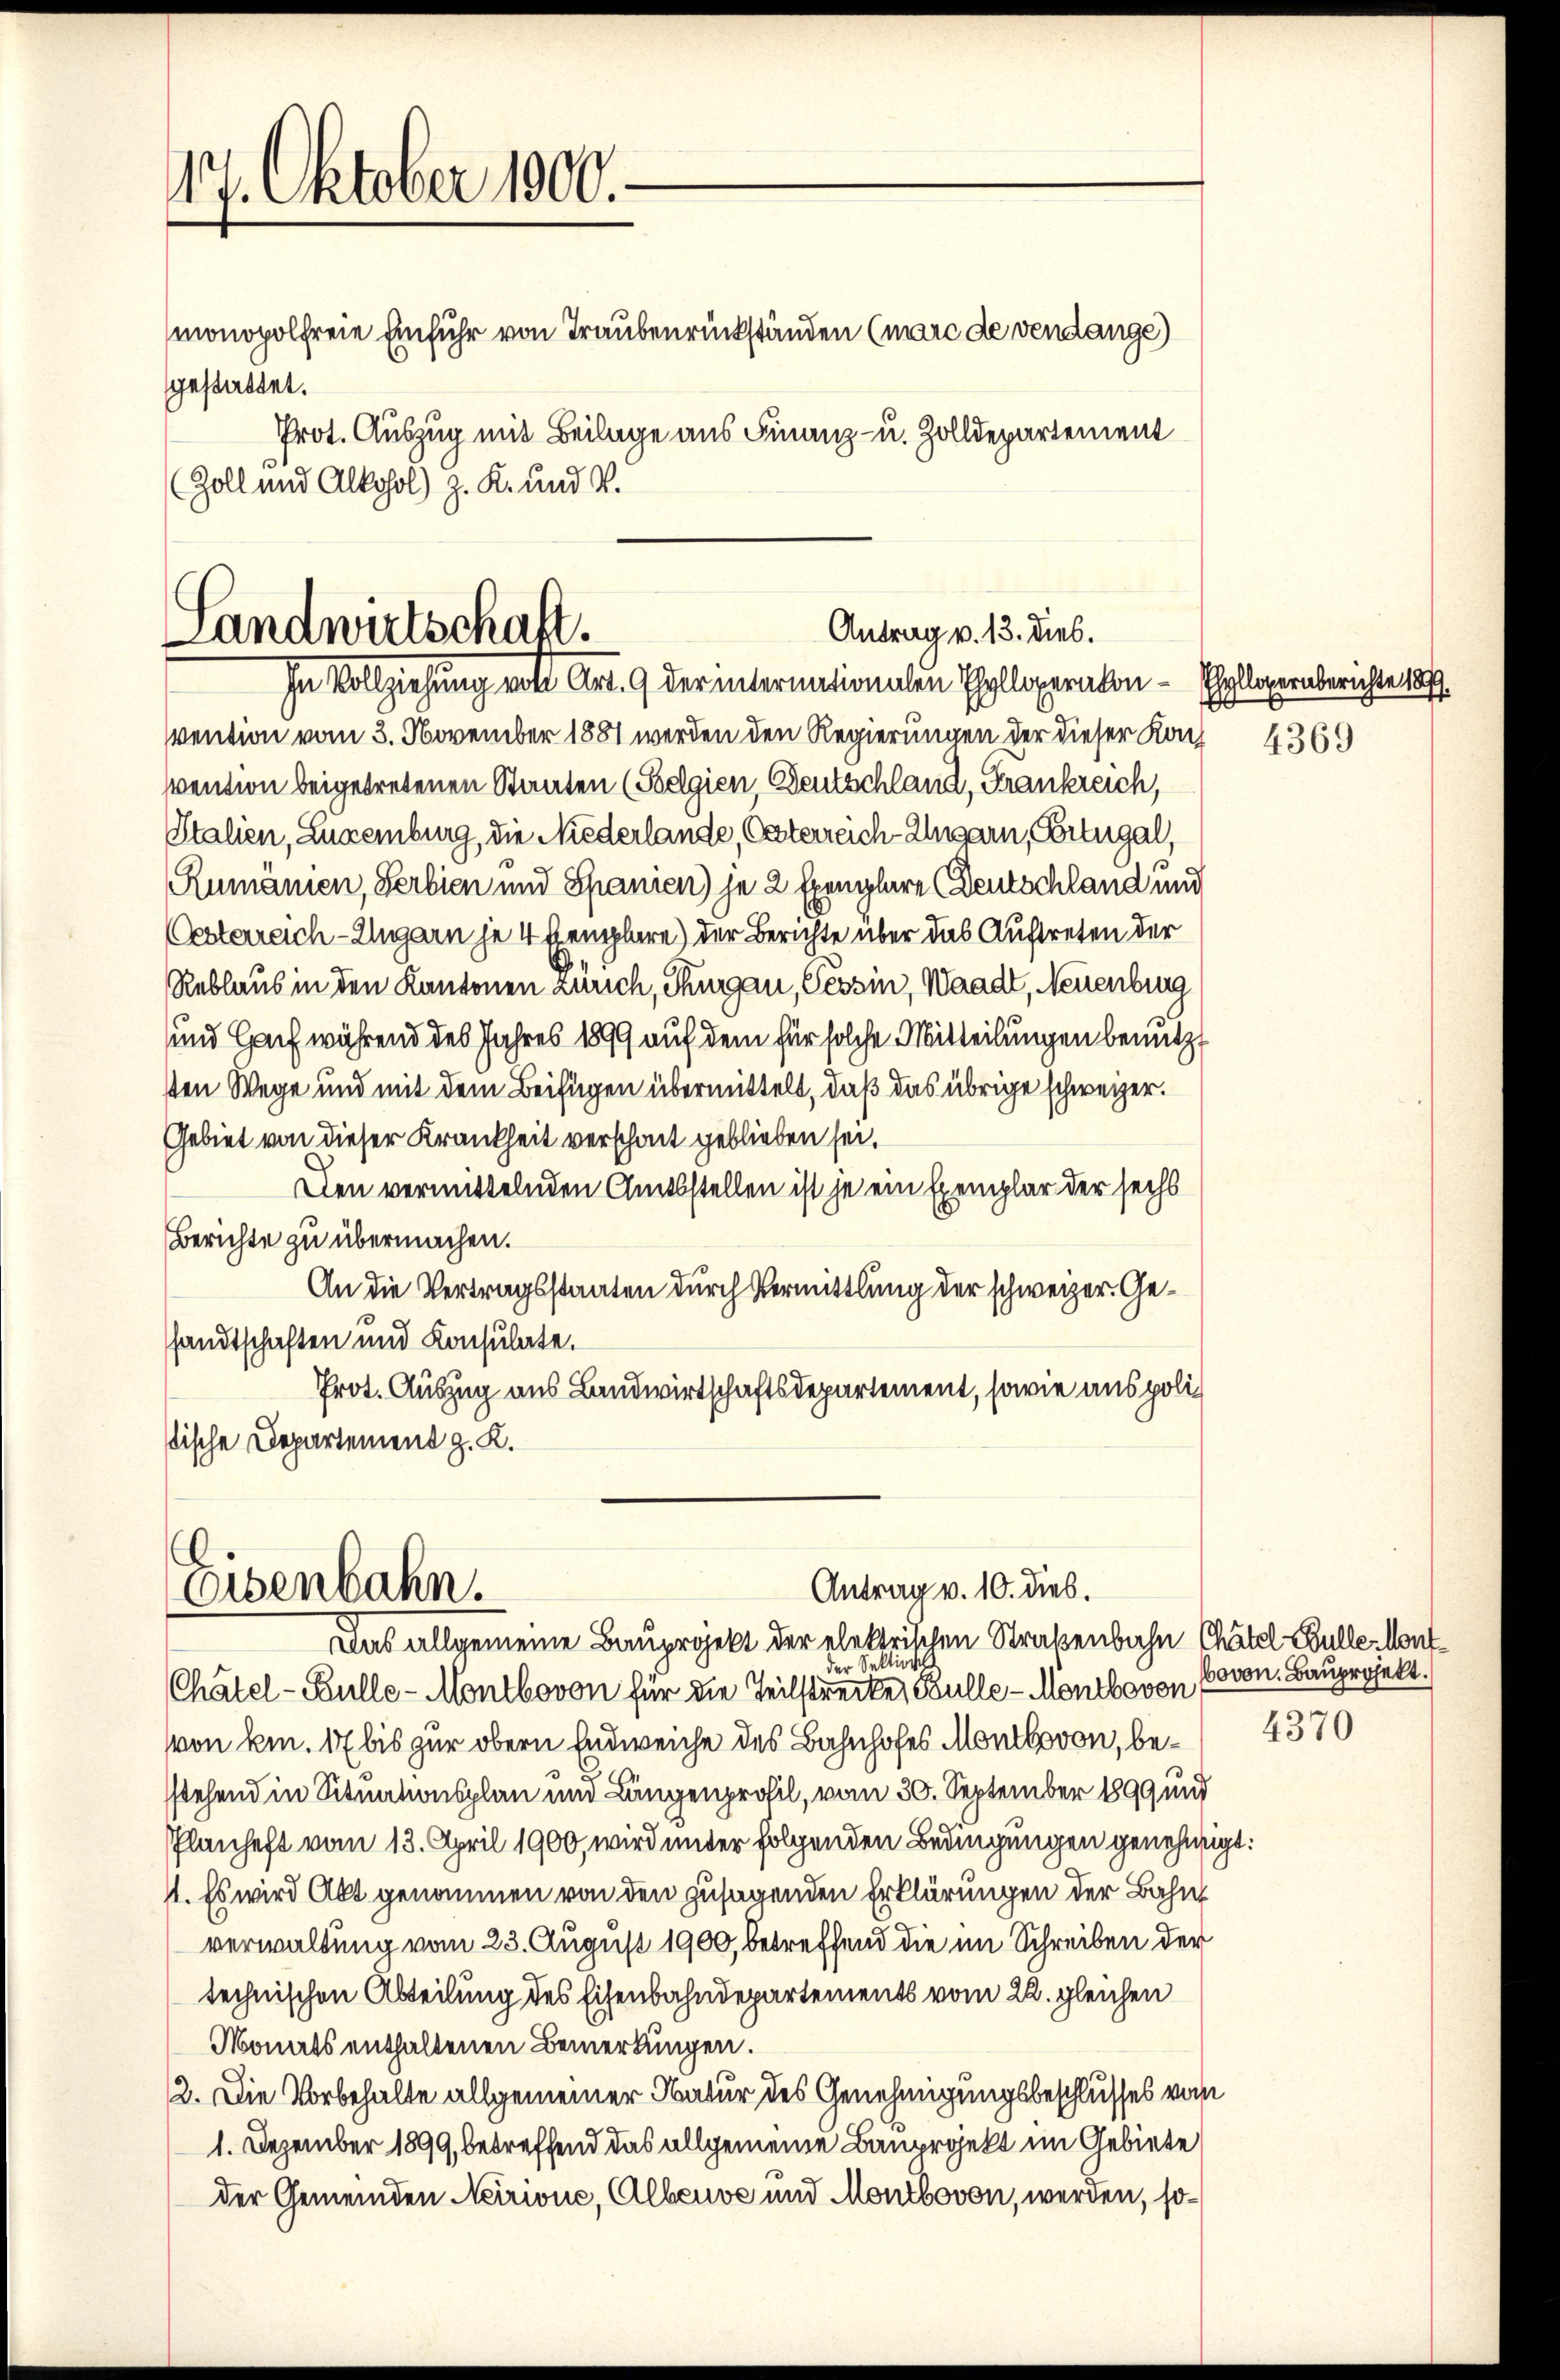
417. Oktober 1900.
monopolfreie Einfuhr von Traubenrückständen (mare de vendange)

gestattet.
Prot. Auszug mit Beilage aus Finanz- u. Zolldepartement
Zoll und Alkohol) z. K. und V.

Antrag v. 13. Dieb.
Landwirtschaft.
In Vollziehung von Art. 9 der internationalen Thalloperakon - Ehyllopernberichte 1879.

vention vom 3. November 1887 werden den Regierungen der dieser Kac 4369
svention beigetretenen Staaten (Poelgien Deutschland, Frankreich,
Italien, Luxenburg, die Niederlande, Ersterreich-Ungarn, Ertugal,
Rumänien, Serbien und Spanien) je 2 Exemplare (Deutschland und
Österreich-Ungarn je 4 Exemplare) der Berichte über das Auftreten der
Reblaus in den Kantonen Zürich, Thurgau, Tessin, Waadt, Neuenbrug
und Gauf während des Jahres 1899 auf dem für solche Mitteilungen benutzt
sten Wege und mit dem Beifügen übermittelt, daß das übrige schweizer.
Gebiet von dieser Krankheit verschont geblieben sei.
Den vermittelnden Amtsstellen ist je ein Exemplar der sechs
Berichte zu übermachen.
An die Vertragsstaaten durch Vermittlung der schweizer. Gesandtschaften und Konsulate.
Prot. Auszug aus Landwirtschaftsdepartement, sowie aus polistische Departement z. K.

Eisenbahn.

Antrag v. 10. Dieb.

Das allgemeine Bauprojekt der elektrischen Straßenbahn Chätel Bulle, Montder Sektion
Chätel-Kulle-Montbovon für die Teilstrecke, Kulle - Montbovon
von kn. 17 bis zur obern Endweiche des Bahnhofes Montbovon, besstehend in Situationsplan und Längenprofil, vom 30. September 1899 und
Pflanheft vom 13. April 1900, wird unter folgenden Bedingungen genehmig
1. Es wird Akt genommen von den zusagenden Erklärungen der Bahn
verwaltung vom 23. August 1900, betreffend die im Schreiben der
technischen Abteilung des Eisenbahndepartements vom 22. gleichen
Monats enthaltenen Bemerkungen.
12. Die Vorbehalte allgemeiner Natur des Genehmigungsbeschlusses vom
1. Dezember 1899, betreffend das allgemeine Bauprojekt im Gebiete
der Gemeinden Neirione, Albeuve und Montbovon, werden, so¬

bovon Bauprojekt.
4370